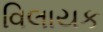
વિલાયક